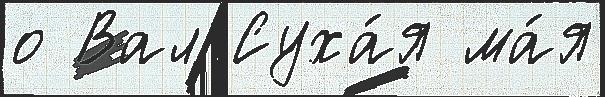
о Вал Суха́я ма́я